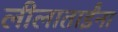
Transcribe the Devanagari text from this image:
लीलाताईंना